Veterinary [1916] -
Year: 1916
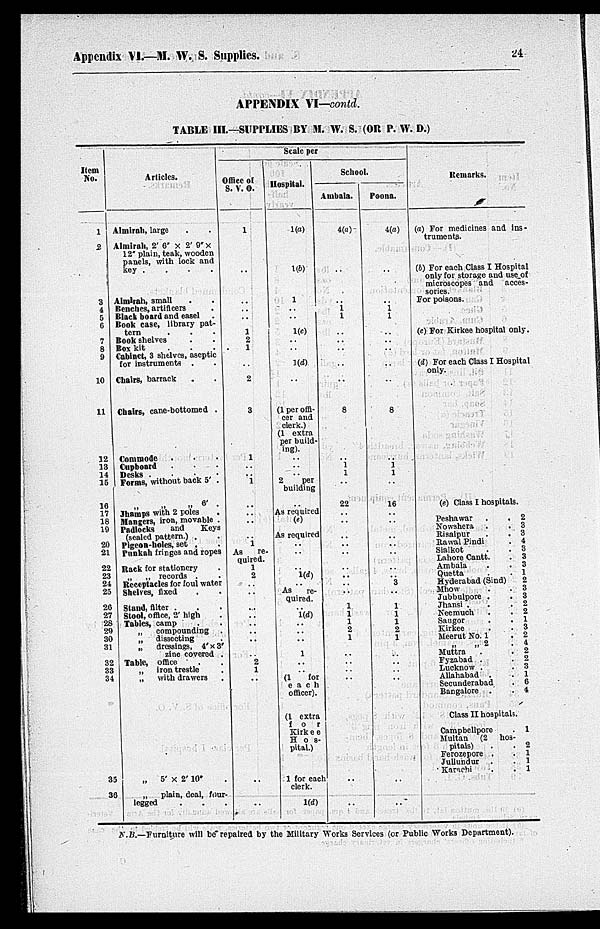
Appendix VI.—M. W. S. Supplies.
24
APPENDIX VI—contd.
TABLE III.—SUPPLIES BY M. W. S. (OR P. W. D.)
Item
No.
1
2
3
4
5
6
7
8
9
10
11
12
13
14
15
16
17
18
19
20
21
22
23
24
25
26
27
28
29
30
31
32
33
34
35
36
Articles.
Almirah, large . .
Almirah, 2' 6' × 2' 9' ×
12" plain, teak, wooden
panels, with lock and
key .
.
.
.
Almlrah, small . .
Benches, artificers .
Black board and casel .
Book case, library pat-
tern . . .
Book shelves . .
Box kit
.
.
.
Cabinet, 3 shelves, aseptic
for instruments .
.
Chairs, barrack . .
Chairs, cane-bottomed .
Commode . . .
Cupboard . . .
Desks
.
.
.
.
Forms, without back 5 .
„ „ „ 6' .
Jhamps with 2 poles .
Mangers, iron, movable .
Padlocks
and
Keys
(sealed pattern.) . .
Pigeon-holes, set . .
Punkah fringes and ropes
Rack for stationery .
„
„ records . .
Receptacles for foul water
Shelves, fixed . .
Stand, filter . . .
Stool, office, 2' high .
Tables, camp . .
„
compounding .
„ dissecting .
„
dressings, 4' × 3'
zinc covered .
Table, office . .
„ iron trestle .
„
with drawers .
„
5' × 2' 10" .
„ plain, deal, four-
legged . . .
Scale per
Office of
S. V. O.
1
..
..
..
..
1
2
1
..
2
3
1
..
.. 1
..
..
..
..
1
As
re-
quired.
1
2
..
..
..
..
..
..
..
..
2
1
..
..
..
Hospital.
1(a)
1(b)
1
..
..
1(c)
..
..
1(d)
..
(1 per offi-
cer and
clerk.)
(1 extra
per build-
ing).
..
..
.. 2
per
building
..
As required
(e)
As required
..
..
.. 1(d)
.. As re-
quired.
.. 1(d)
..
..
..
1
..
.. (1 for
each
officer).
(1 extra
for
Kirkee
Hos-
pital.)
1 for each
clerk.
1(d)
School.
Ambala
4(a)
..
.. 1 1
..
..
..
..
..
8
.. 1 1
..
22
..
..
..
..
..
.. ..
..
..
1
1
1
2
1
..
..
..
..
..
..
Poona.
4(a)
..
.. 1 1
..
..
..
..
..
8
.. 1 1
..
16
..
..
..
..
..
..
..
3
..
1
1
1
2
1
..
..
..
..
..
..
Remarks.
(a) For medicines and ins-
truments.
(b) For each Class I Hospital
only for storage and use of
microscopes and acces-
sories.
For poisons.
(c) For Kirkee hospital only.
(d) For each Class I Hospital
only.
(e) Class I hospitals.
Peshawar .
. 2
Nowshera .
. 3
Risalpur
.
. 3
Rawal Pindi
. 4
Sialkot
.
. 3
Lahore Cantt.
. 3
Ambala
.
. 3
Quetta
.
. 1
Hyderabad (Sind)
2
Mhow
.
. 3
Jubbulpore .
. 3
Jhansi .
.
. 2
Neemuch
.
. 2
Saugor
.
. 1
Kirkee
.
. 3
Meerut No. 1 . 2
„
„ 2
. 4
Muttra
.
. 2
Fyzabad .
. 2
Lucknow .
. 3
Allahabad .
. 1
Secunderabad
. 6
Bangalore .
. 4
Class II hospitals.
Campbellpore
. 1
Multan (2 hos-
pitals)
.
. 2
Ferozepore .
. 1
Jullundur .
. 1
Karachi
.
. 1
N.B.—Furniture will be repaired by the Military Works Services (or Public Works Department).